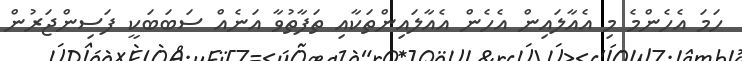
ހަމަ އެހެންމެ މި އެއާލައިން އެހެން އެއާލައިންތަކާއި ތަފާތުވާ އަނެއް ސަބަބަކީ ފަސިންޖަރުން